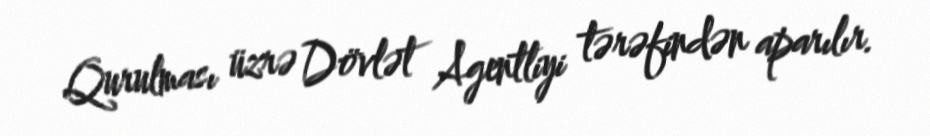
Qurulması üzrə Dövlət Agentliyi tərəfindən aparılır.